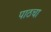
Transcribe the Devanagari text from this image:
पाठचा